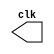
module clock_gen (/*AUTOARG*/
  // Outputs
  clk
  );
  parameter period = 100;
 
  output clk;
  
  
  reg    clk;
  always #(period/2) clk = !clk;  

  initial begin
    clk = 1'b0;
  end
  
  
endmodule